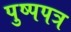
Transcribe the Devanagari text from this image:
पुष्पपत्र